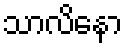
သာလိနော